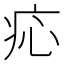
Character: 𤵂